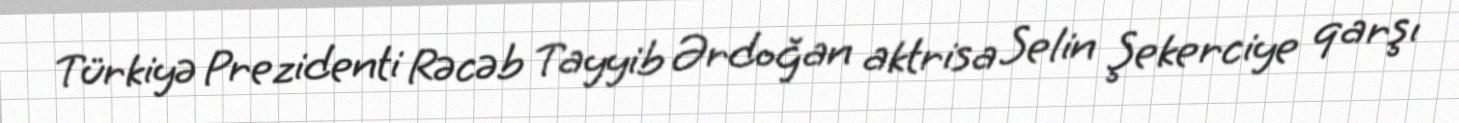
Türkiyə Prezidenti Rəcəb Tayyib Ərdoğan aktrisa Selin Şekerciye qarşı